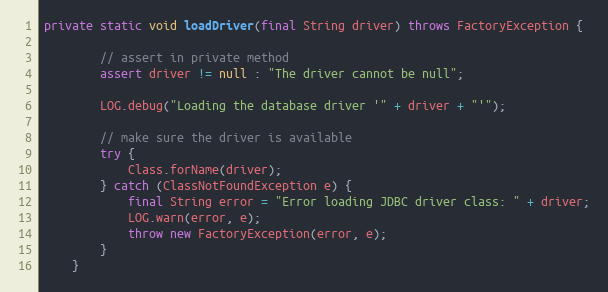
Language: Java
private static void loadDriver(final String driver) throws FactoryException {

        // assert in private method
        assert driver != null : "The driver cannot be null";

        LOG.debug("Loading the database driver '" + driver + "'");

        // make sure the driver is available
        try {
            Class.forName(driver);
        } catch (ClassNotFoundException e) {
            final String error = "Error loading JDBC driver class: " + driver;
            LOG.warn(error, e);
            throw new FactoryException(error, e);
        }
    }